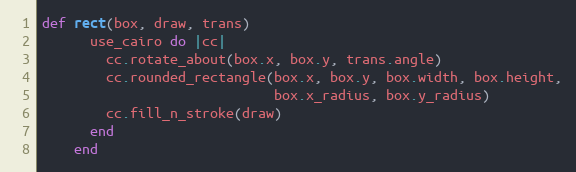
Language: Ruby
def rect(box, draw, trans)
      use_cairo do |cc|
        cc.rotate_about(box.x, box.y, trans.angle)
        cc.rounded_rectangle(box.x, box.y, box.width, box.height,
                             box.x_radius, box.y_radius)
        cc.fill_n_stroke(draw)
      end
    end